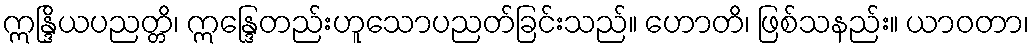
ဣန္ဒြိယပညတ္တိ၊ ဣန္ဒြေတည်းဟူသောပညတ်ခြင်းသည်။ ဟောတိ၊ ဖြစ်သနည်း။ ယာဝတာ၊